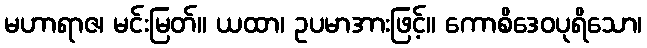
မဟာရာဇ၊ မင်းမြတ်။ ယထာ၊ ဥပမာအားဖြင့်။ ကောစိဒေဝပုရိသော၊